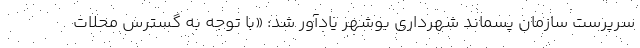
سرپرست سازمان پسماند شهرداری بوشهر یادآور شد: «با توجه به گسترس محلات